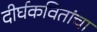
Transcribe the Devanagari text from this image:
दीर्घकवितांचा